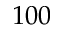
1 0 0